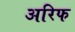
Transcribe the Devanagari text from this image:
अरिफ